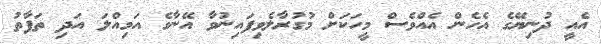
އެއީ ދުނިޔޭގެ އެހެން އެއްވެސް މީހަކަށް މުގުރާލެވިފައިނުވާ އޭނާގެ އަމިއްލަ އަދި ތަފާތު